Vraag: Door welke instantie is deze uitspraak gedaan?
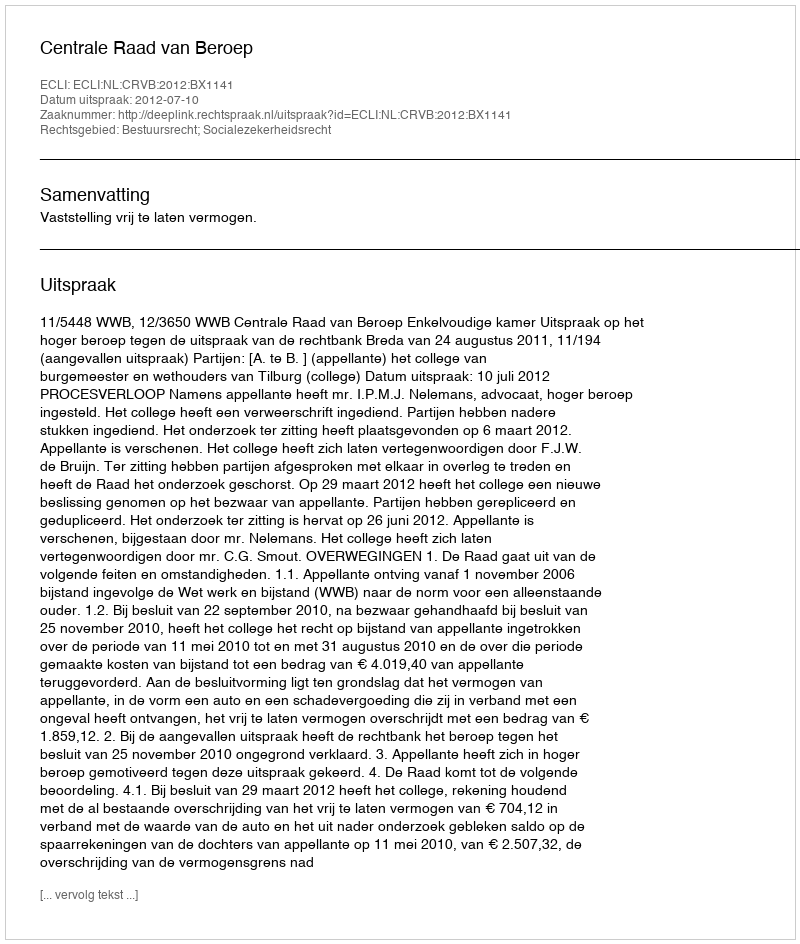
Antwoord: Centrale Raad van Beroep